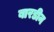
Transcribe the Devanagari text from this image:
बारडीन